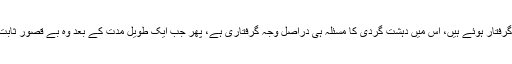
یہ بات بھی ہم سب اچھی طرح جانتے ہیں کہ زیادہ تر مسلم نوجوان جن وجوہات کی بنا پر گرفتار ہوئے ہیں، اس میں دہشت گردی کا مسئلہ ہی دراصل وجہ گرفتاری ہے، پھر جب ایک طویل مدت کے بعد وہ بے قصور ثابت ہوتے اور باعزت بری ہوتے ہیں، اس وقت انہیں وہ معاوزہ نہیں ملتا، جوانہیں ملنا چاہیے۔